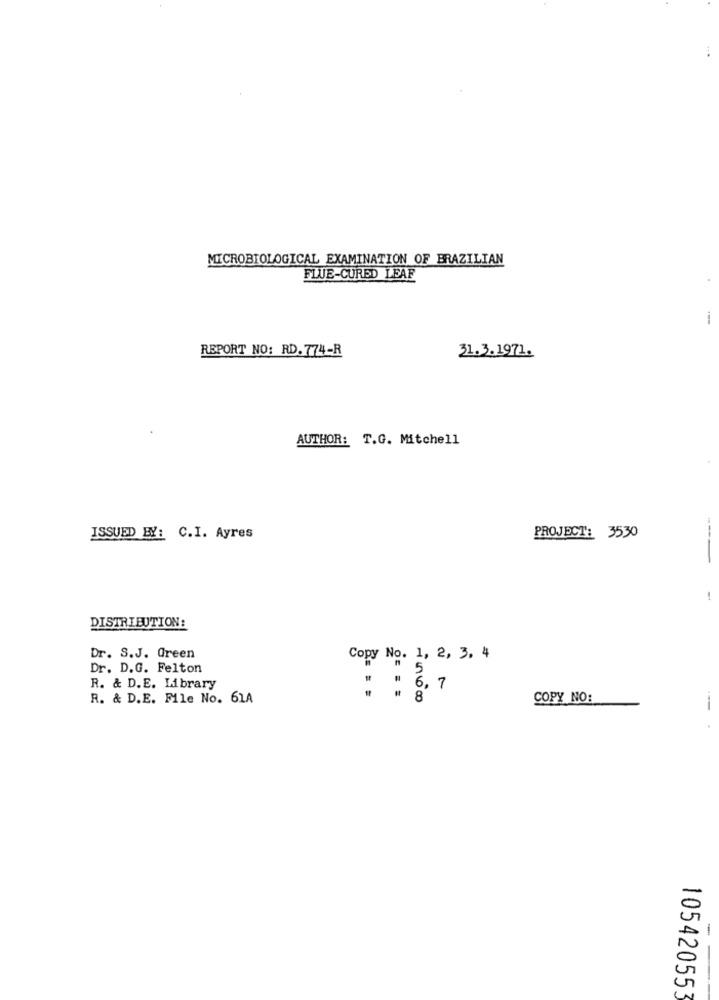
MICROBIOLOGICAL EXAMINATION OF BRAZILIAN
FLUE-CURED LEAF
REPORT NO: RD. 774-R
31.3.1971.
AUTHOR: T.G. Mitchell
ISSUED BY: C.I. Ayres
PROJECT: 3530
----
DISTRIBUTION:
Dr. S.J. Green
Copy No. 1, 2, 3. 4
Dr. D.G. Felton
5
R. & D.E. Library
" " 6 , 7
R. & D.E. File No. 61A
COPY NO:
--
-
105420553